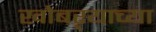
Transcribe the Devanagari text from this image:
खोबऱ्याच्या